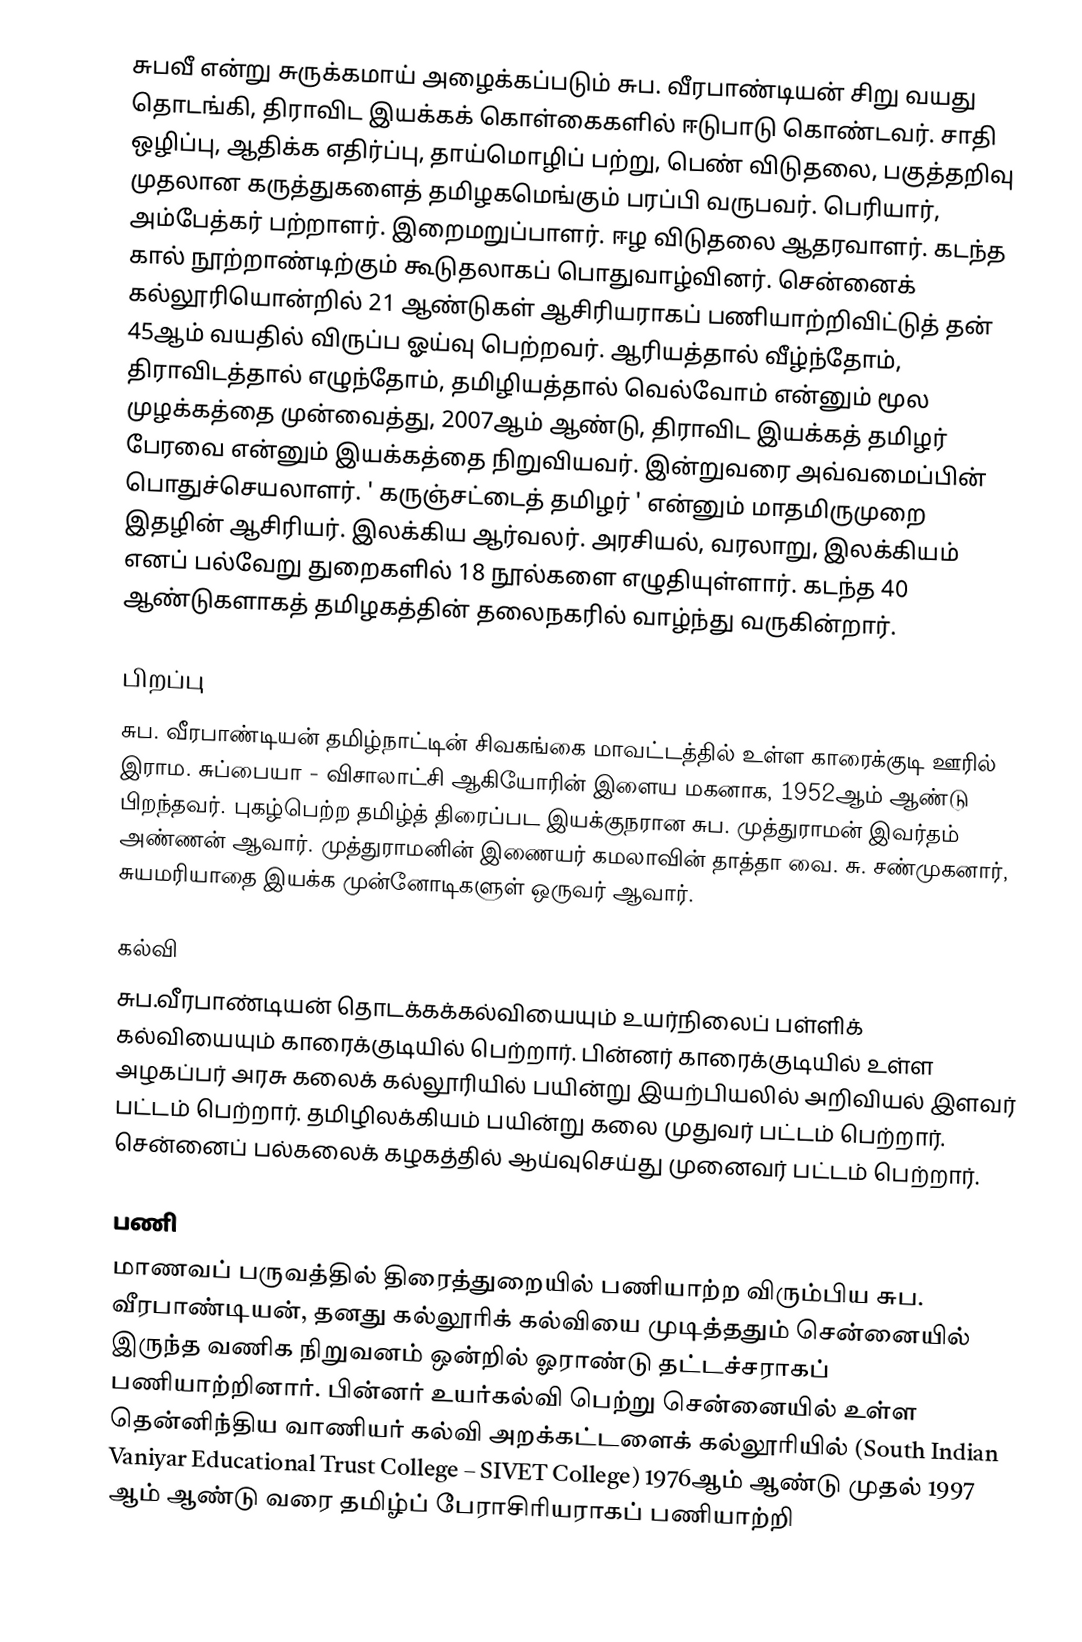
சுபவீ என்று சுருக்கமாய் அழைக்கப்படும் சுப. வீரபாண்டியன் சிறு வயது தொடங்கி, திராவிட இயக்கக் கொள்கைகளில் ஈடுபாடு கொண்டவர். சாதி ஒழிப்பு, ஆதிக்க எதிர்ப்பு, தாய்மொழிப் பற்று, பெண் விடுதலை, பகுத்தறிவு முதலான கருத்துகளைத் தமிழகமெங்கும் பரப்பி வருபவர். பெரியார், அம்பேத்கர் பற்றாளர். இறைமறுப்பாளர். ஈழ விடுதலை ஆதரவாளர். கடந்த கால் நூற்றாண்டிற்கும் கூடுதலாகப் பொதுவாழ்வினர். சென்னைக் கல்லூரியொன்றில் 21 ஆண்டுகள் ஆசிரியராகப் பணியாற்றிவிட்டுத் தன் 45ஆம் வயதில் விருப்ப ஓய்வு பெற்றவர். ஆரியத்தால் வீழ்ந்தோம், திராவிடத்தால் எழுந்தோம், தமிழியத்தால் வெல்வோம் என்னும் மூல முழக்கத்தை முன்வைத்து, 2007ஆம் ஆண்டு, திராவிட இயக்கத் தமிழர் பேரவை என்னும் இயக்கத்தை நிறுவியவர். இன்றுவரை அவ்வமைப்பின் பொதுச்செயலாளர். ' கருஞ்சட்டைத் தமிழர் ' என்னும் மாதமிருமுறை இதழின் ஆசிரியர். இலக்கிய ஆர்வலர். அரசியல், வரலாறு, இலக்கியம் எனப் பல்வேறு துறைகளில் 18 நூல்களை எழுதியுள்ளார். கடந்த 40 ஆண்டுகளாகத் தமிழகத்தின் தலைநகரில் வாழ்ந்து வருகின்றார்.

பிறப்பு
சுப. வீரபாண்டியன் தமிழ்நாட்டின் சிவகங்கை மாவட்டத்தில் உள்ள காரைக்குடி ஊரில் இராம. சுப்பையா - விசாலாட்சி ஆகியோரின் இளைய மகனாக, 1952ஆம் ஆண்டு பிறந்தவர்.  புகழ்பெற்ற தமிழ்த் திரைப்பட இயக்குநரான சுப. முத்துராமன் இவர்தம் அண்ணன் ஆவார். முத்துராமனின் இணையர் கமலாவின் தாத்தா வை. சு. சண்முகனார், சுயமரியாதை இயக்க முன்னோடிகளுள் ஒருவர் ஆவார்.

கல்வி
சுப.வீரபாண்டியன் தொடக்கக்கல்வியையும் உயர்நிலைப் பள்ளிக் கல்வியையும் காரைக்குடியில் பெற்றார். பின்னர் காரைக்குடியில் உள்ள அழகப்பர் அரசு கலைக் கல்லூரியில் பயின்று இயற்பியலில் அறிவியல் இளவர் பட்டம் பெற்றார்.  தமிழிலக்கியம் பயின்று கலை முதுவர் பட்டம் பெற்றார்.  சென்னைப் பல்கலைக் கழகத்தில் ஆய்வுசெய்து முனைவர் பட்டம் பெற்றார்.

பணி
மாணவப் பருவத்தில் திரைத்துறையில் பணியாற்ற விரும்பிய சுப. வீரபாண்டியன், தனது கல்லூரிக் கல்வியை முடித்ததும் சென்னையில் இருந்த வணிக நிறுவனம் ஒன்றில் ஓராண்டு தட்டச்சராகப் பணியாற்றினார். பின்னர் உயர்கல்வி பெற்று சென்னையில் உள்ள தென்னிந்திய வாணியர் கல்வி அறக்கட்டளைக் கல்லூரியில் (South Indian Vaniyar Educational Trust College – SIVET College) 1976ஆம் ஆண்டு முதல் 1997 ஆம் ஆண்டு வரை தமிழ்ப் பேராசிரியராகப் பணியாற்றி